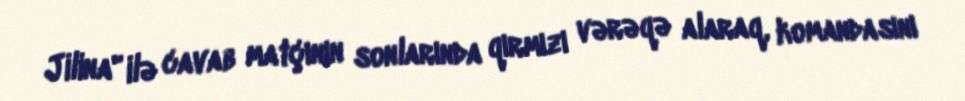
Jilina" ilə cavab matçının sonlarında qırmızı vərəqə alaraq, komandasını